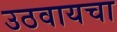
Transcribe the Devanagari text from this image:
उठवायचा